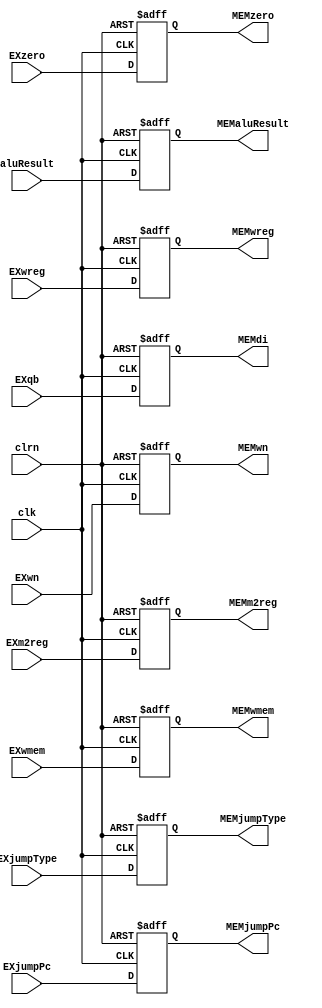
`timescale 1ns / 1ps
//////////////////////////////////////////////////////////////////////////////////
// Company: 
// Engineer: 
// 
// Design Name: 
// Module Name:    EX_MEM_reg 
// Project Name: 
// Target Devices: 
// Tool versions: 
// Description: 
//
// Dependencies: 
//
// Revision: 
// Revision 0.01 - File Created
// Additional Comments: 
//
//////////////////////////////////////////////////////////////////////////////////
module EX_MEM_reg(EXwreg,EXm2reg,EXwmem,EXwn,aluResult,EXqb,clrn,clk,EXjumpType,EXjumpPc,EXzero,
						MEMwreg,MEMm2reg,MEMwmem,MEMwn,MEMaluResult,MEMdi,MEMjumpType,MEMjumpPc,MEMzero
    );
	input EXwreg,EXm2reg,EXwmem;
	input [4:0] EXwn;
	input [31:0] aluResult,EXqb;
	input clrn,clk;
	input [1:0] EXjumpType;
	input [31:0] EXjumpPc;
	input EXzero;
	
	output MEMwreg,MEMm2reg,MEMwmem;
	output [4:0] MEMwn;
	output [31:0] MEMaluResult,MEMdi;
	output [1:0] MEMjumpType;
	output [31:0] MEMjumpPc;
	output MEMzero;
	
	reg MEMwreg,MEMm2reg,MEMwmem;
	reg [4:0] MEMwn;
	reg [31:0] MEMaluResult,MEMdi;
	reg [1:0] MEMjumpType;
	reg [31:0] MEMjumpPc;
	reg MEMzero;
	
	always @(negedge clrn or posedge clk)
		begin
			if(clrn == 0)
				begin
					MEMwreg <= 0;
					MEMm2reg <= 0;
					MEMwmem <= 0;
					MEMwn <= 0;
					MEMaluResult <= 0;
					MEMdi <= 0;
					MEMjumpType <= 0;
					MEMjumpPc <= 0;
					MEMzero <= 0;
				end
			else
				begin
					MEMwreg <= EXwreg;
					MEMm2reg <= EXm2reg;
					MEMwmem <= EXwmem;
					MEMwn <= EXwn;
					MEMaluResult <= aluResult;
					MEMdi <= EXqb;
					MEMjumpType <= EXjumpType;
					MEMjumpPc <= EXjumpPc;
					MEMzero <= EXzero;
				end
		end

	initial
		begin
			MEMwreg = 0;
			MEMm2reg = 0;
			MEMwmem = 0;
			MEMwn = 0;
			MEMaluResult = 0;
			MEMdi = 0;
			MEMjumpType = 0;
			MEMjumpPc = 0;
			MEMzero = 0;
		end
endmodule